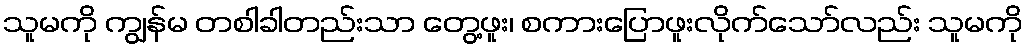
သူမကို ကျွန်မ တစါခါတည်းသာ တွေ့ဖူး၊ စကားပြောဖူးလိုက်သော်လည်း သူမကို